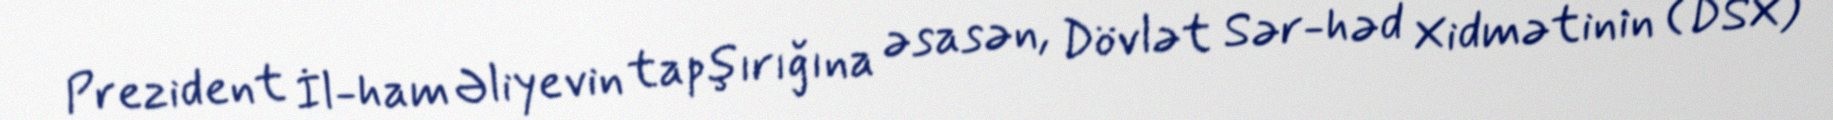
Prezident İl­ham Əliyevin tapşırığına əsasən, Dövlət Sər­həd Xidmətinin (DSX)